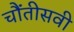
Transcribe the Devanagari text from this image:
चौंतीसवी